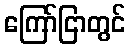
ကြော်ငြာတွင်